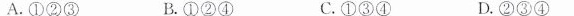
A.①②③ B.①②④ C.①③④ D.②③④